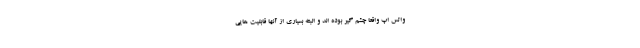
واتس اپ واقعا چشم گیر بوده اند و البته بسیاری از آنها قابلیت هایی